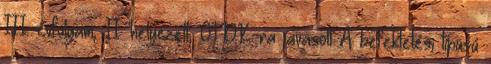
III. évfolyam; II. helyezett, OTDK-ra javasolt A befektetési típusú